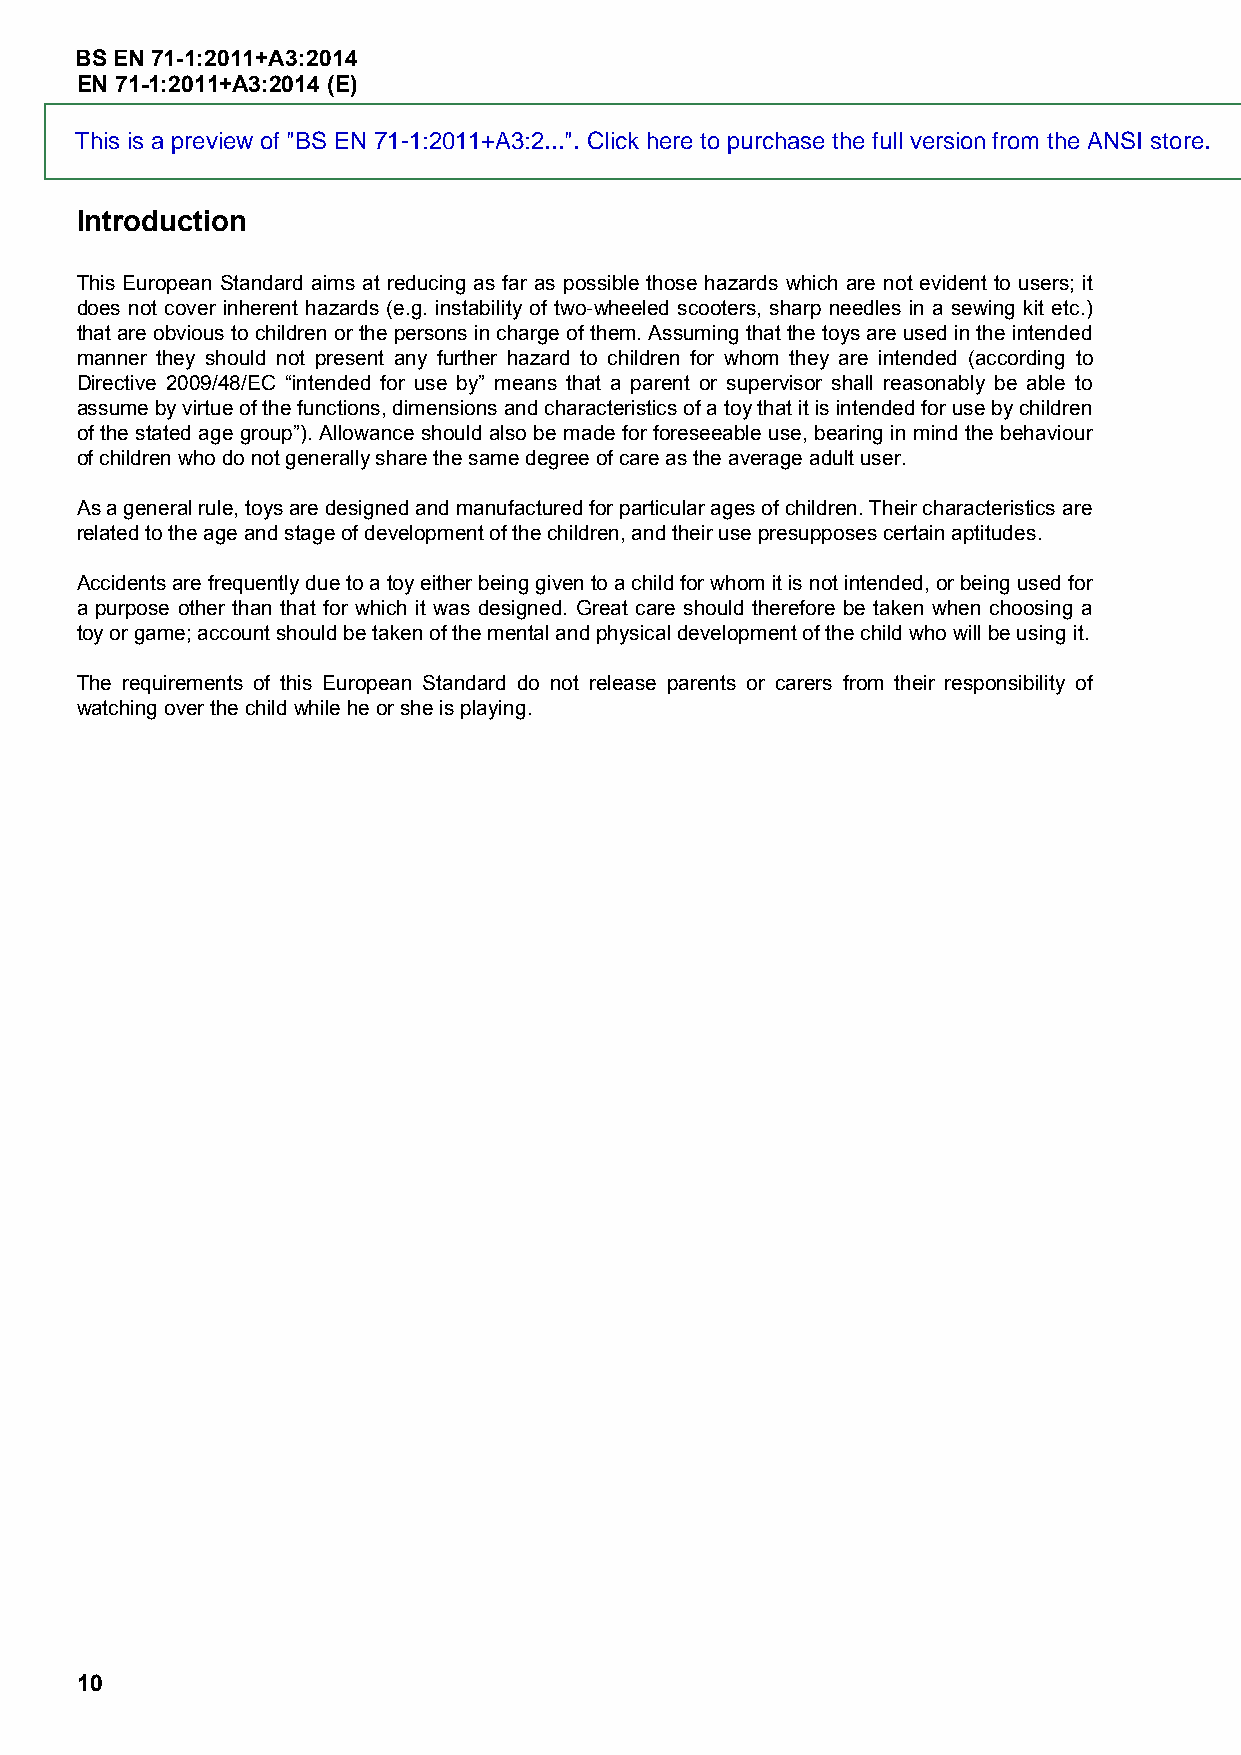
BS EN 71-1:2011+A3:2014
 EN 71-1:2011+A3:2014 (E)
 This is a preview of "BS EN 71-1:2011+A3:2...". Click here to purchase the full version from the ANSI store.
 Introduction
 This European Standard aims at reducing as far as possible those hazards which are not evident to users; it
 does not cover inherent hazards (e.g. instability of two-wheeled scooters, sharp needles in a sewing kit etc.)
 that are obvious to children or the persons in charge of them. Assuming that the toys are used in the intended
 manner they should not present any further hazard to children for whom they are intended (according to
 Directive 2009/48/EC “intended for use by” means that a parent or supervisor shall reasonably be able to
 assume by virtue of the functions, dimensions and characteristics of a toy that it is intended for use by children
 of the stated age group”). Allowance should also be made for foreseeable use, bearing in mind the behaviour
 of children who do not generally share the same degree of care as the average adult user.
 As a general rule, toys are designed and manufactured for particular ages of children. Their characteristics are
 related to the age and stage of development of the children, and their use presupposes certain aptitudes.
 Accidents are frequently due to a toy either being given to a child for whom it is not intended, or being used for
 a purpose other than that for which it was designed. Great care should therefore be taken when choosing a
 toy or game; account should be taken of the mental and physical development of the child who will be using it.
 The requirements of this European Standard do not release parents or carers from their responsibility of
 watching over the child while he or she is playing.
 10